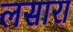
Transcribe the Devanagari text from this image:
लसारा